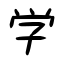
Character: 学